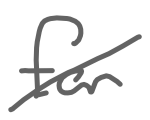
Text: for
Cross-out: diagonal
Writing tool: digital_gray